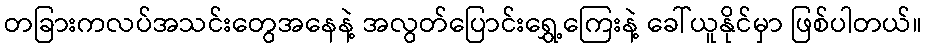
တခြားကလပ်အသင်းတွေအနေနဲ့ အလွတ်ပြောင်းရွှေ့ကြေးနဲ့ ခေါ်ယူနိုင်မှာ ဖြစ်ပါတယ်။